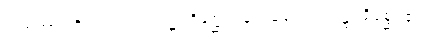
ဤစကားကိုလည်း။ ဥက္ကဋ္ဌပရိစ္ဆေဒဝသေနေဝ၊ ဥက္ကဋ္ဌပရိစ္ဆေဒ၏